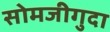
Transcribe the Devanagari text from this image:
सोमजीगुदा